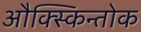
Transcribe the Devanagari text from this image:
औक्स्किन्तोक